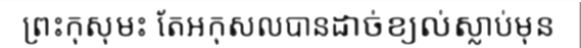
ព្រះកុសុមះ តែអកុសលបានដាច់ខ្យល់ស្លាប់មុន